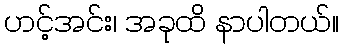
ဟင့်အင်း၊ အခုထိ နာပါတယ်။